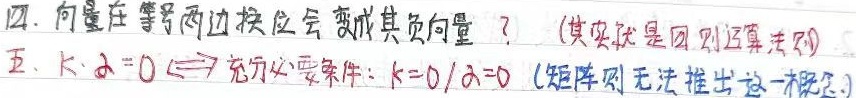
四. 向量在等号两边换位会变成其负向量？（其实就是四则运算法则）

五. \(k\cdot\alpha = 0\Leftrightarrow\)充分必要条件：\(k = 0\) 或 \(\alpha = 0\)（矩阵则无法推出这一概念。）